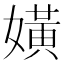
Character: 嫹